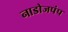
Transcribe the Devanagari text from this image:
नाडोजपंप